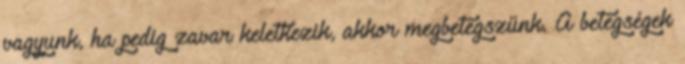
vagyunk, ha pedig zavar keletkezik, akkor megbetegszünk. A betegségek